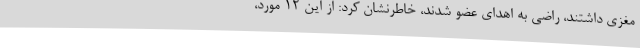
مغزی داشتند، راضی به اهدای عضو شدند، خاطرنشان کرد: از این 12 مورد،